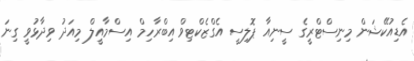
އެޑިއުކޭޝަން މިނިސްޓްރީގެ ސީނިއާ ޕޮލިސީ އެގްޒެކްޓިވް އިބްރާހިމް އިސްމާއީލް މިއަދު ވިދާޅުވީ ގިނަ